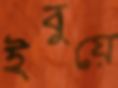
ইবুয়ে